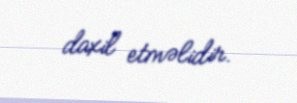
daxil etməlidir.